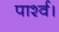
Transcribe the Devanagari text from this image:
पार्श्व।